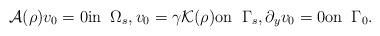
LaTeX: \begin{align*} \mathcal A(\rho) v_0=0 \hbox{in}\;\; \Omega_s, v_0 =\gamma\mathcal K(\rho) \hbox{on}\;\; \Gamma_s, \partial_y v_0 =0 \hbox{on}\;\; \Gamma_0.\end{align*}